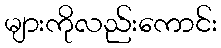
များကိုလည်းကောင်း